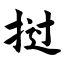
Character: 挝